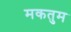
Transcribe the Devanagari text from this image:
मकतुम